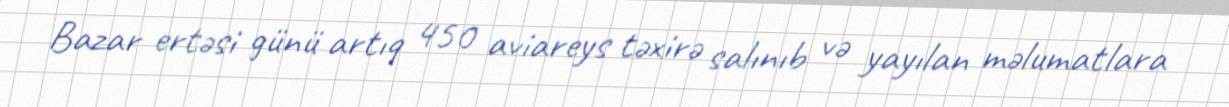
Bazar ertəsi günü artıq 450 aviareys təxirə salınıb və yayılan məlumatlara